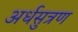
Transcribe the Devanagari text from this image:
अर्धसुत्रण